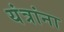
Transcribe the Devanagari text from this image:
यंत्रांना